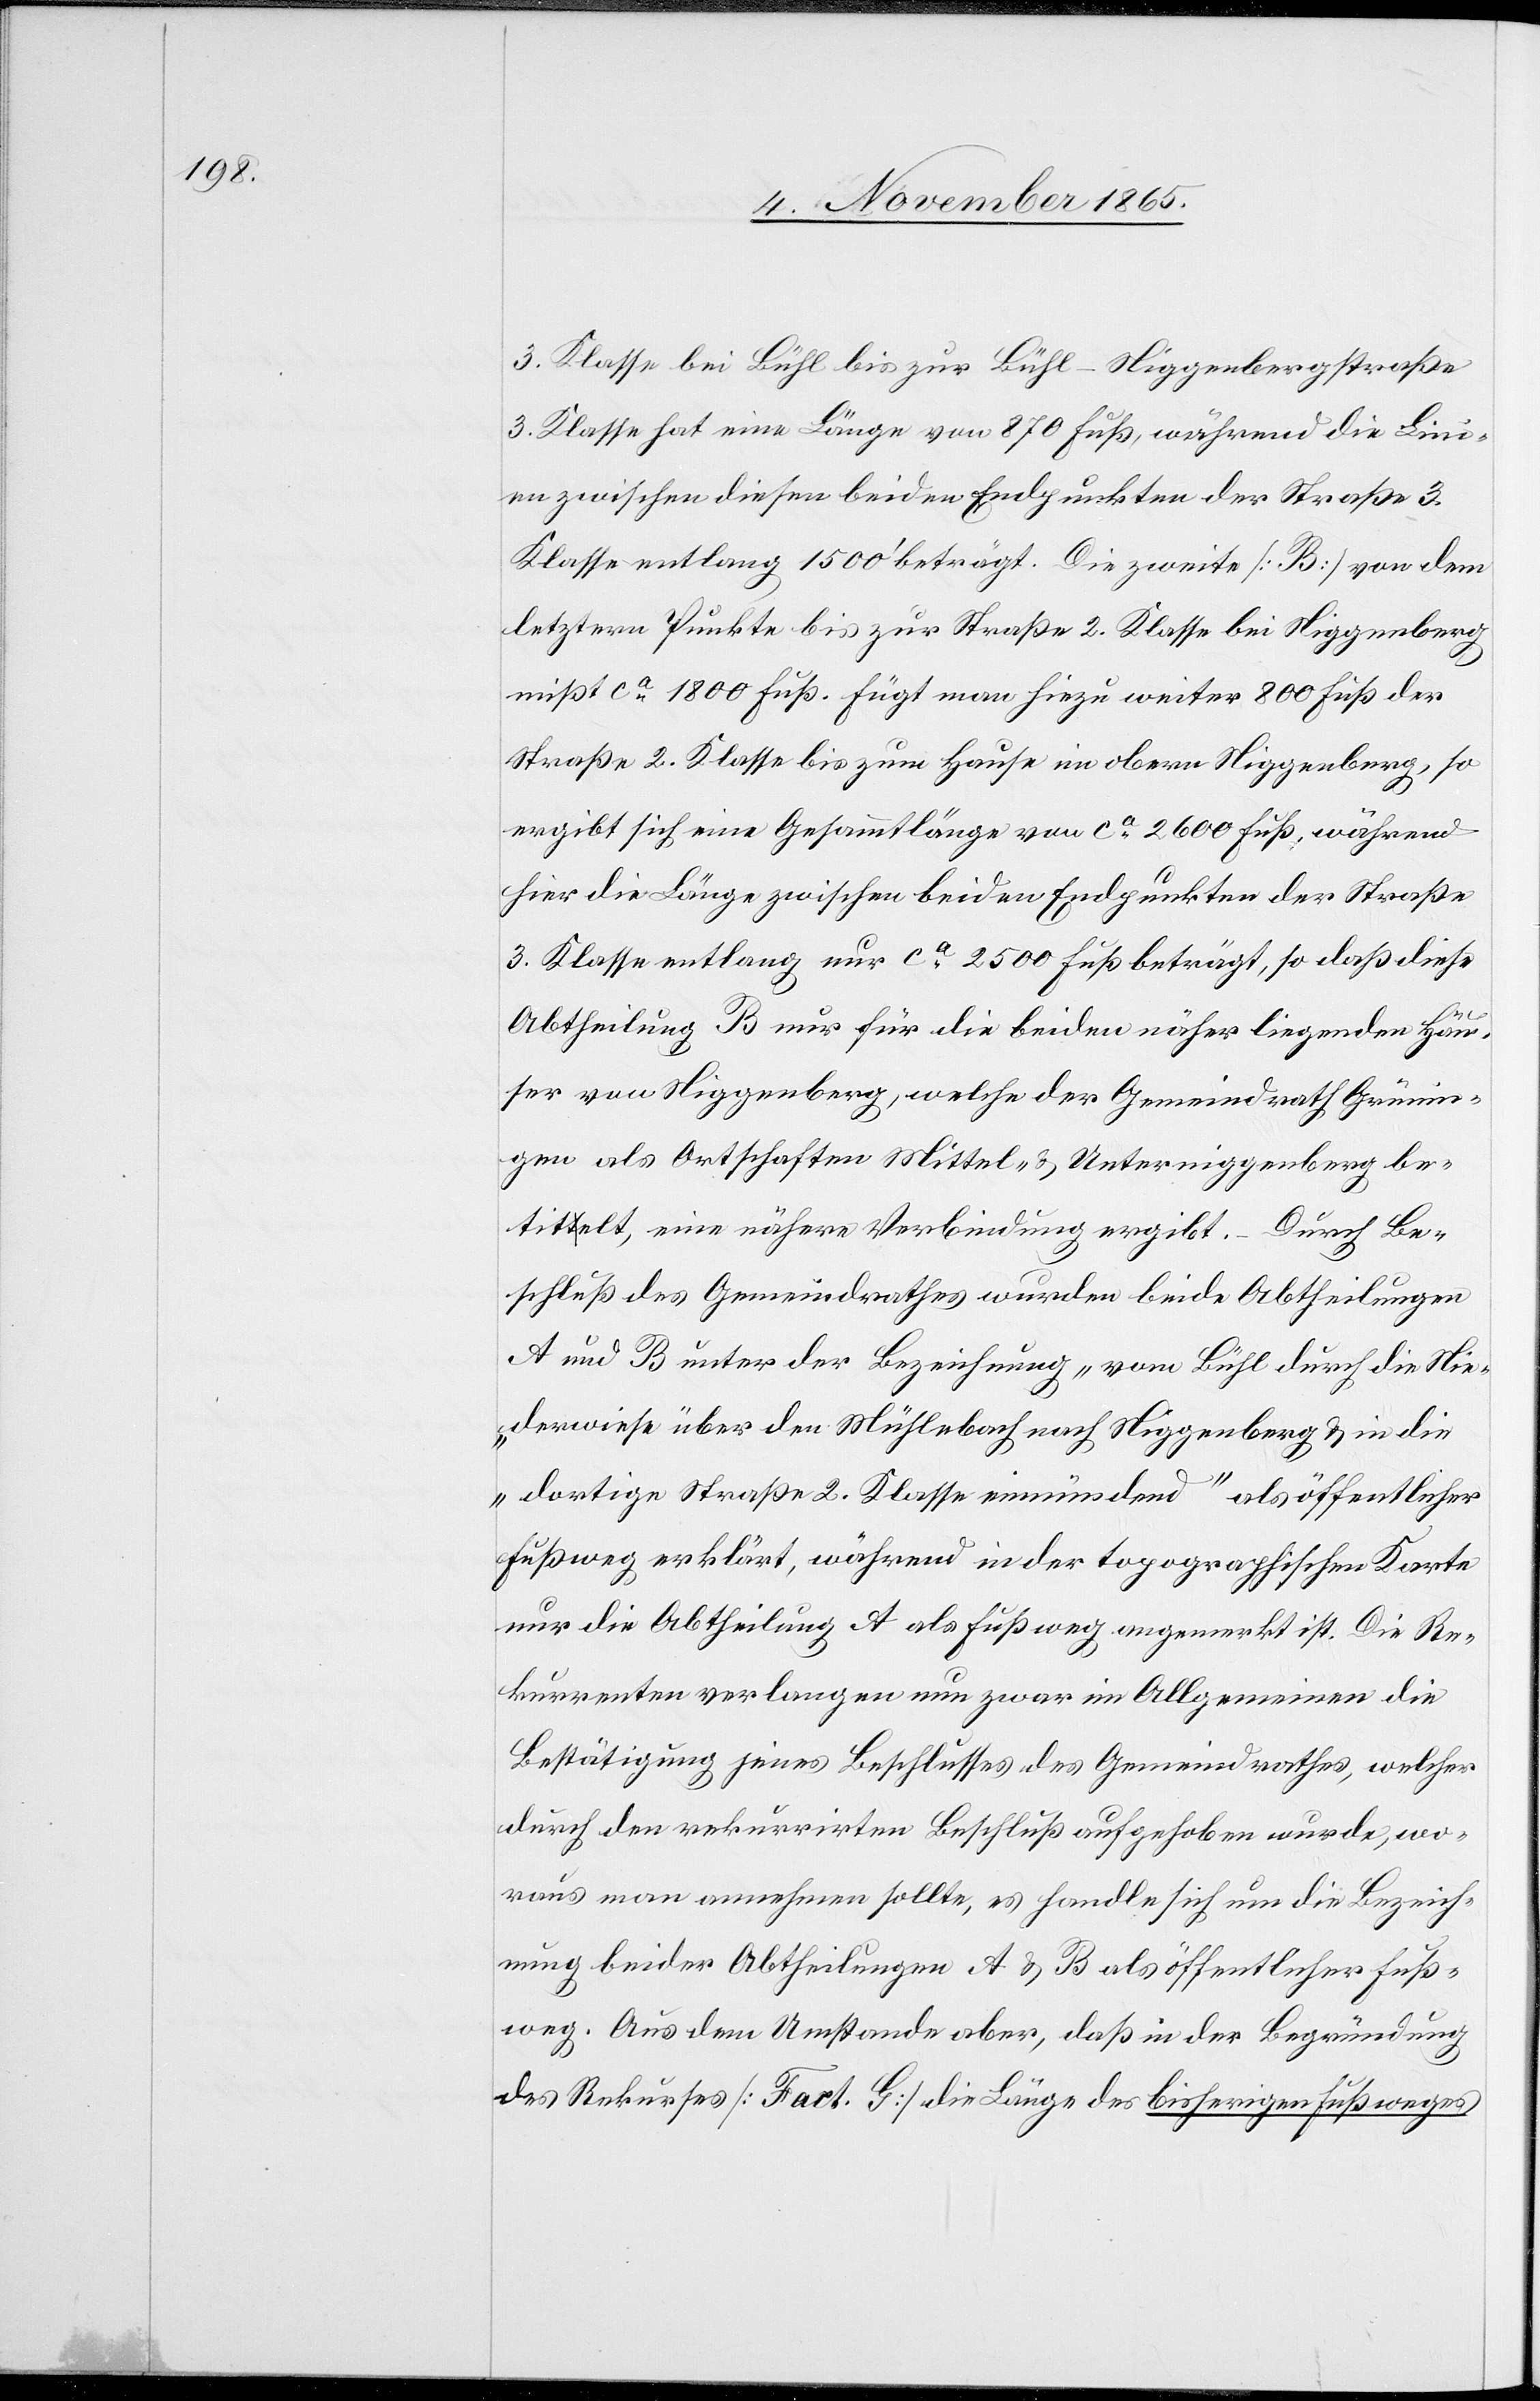
3. Klasse bei Bühl bis zur Bühl–Niggenbergstraße
3. Klasse hat eine Länge von 870 Fuß, während die Lini¬
en zwischen diesen beiden Endpunkten der Straße 3.
Klasse entlang 1500’ beträgt. Die zweite [B] von dem
letztern Punkt bis zur Straße 2. Klasse bei Niggenberg
mißt ca 1800 Fuß. Fügt man hiezu weitere 800 Fuß der
Straße 2. Klasse bis zum Hause im obern Niggenberg, so
ergibt sich eine Gesammtlänge von ca 2600 Fuß, während
hier die Länge zwischen beiden Endpunkten der Straße
3. Klasse entlang nur ca 2500 Fuß beträgt, so daß diese
Abtheilung B nur für die beiden näher liegenden Häu¬
ser von Niggenberg, welche der Gemeindrath Grünin¬
gen als Ortschaften Mittel- & Unterniggenberg be¬
titelt, eine nähere Verbindung ergibt. Durch Be¬
schluß des Gemeindrathes wurden beide Abtheilungen
A und B unter der Bezeichnung „von Bühl durch die Nie¬
derwiese über den Mühlebach nach Niggenberg & in die
dortige Straße 3. Klasse einmündend“ als öffentlicher
Fußweg erklärt, während in der topographischen Karte
nur die Abtheilung A als Fußweg angemerkt ist. Die Re¬
kurrenten verlangen nun zwar im Allgemeinen die
Bestätigung jenes Beschlusses des Gemeindrathes, welcher
durch den rekurrirten Beschluß aufgehoben wurde, wo¬
raus man annehmen sollte, es handle sich um die Bezeich¬
nung beider Abtheilungen A & B als öffentlicher Fuß¬
weg. Aus dem Umstande aber, daß in der Begründung
des Rekurses [Fact. G] die Länge des bisherigen Fußweges